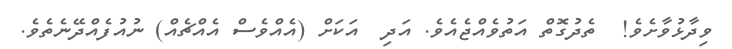
ވިދާޅުވާށެވެ!  ތެދުގޮތް އަތުވެއްޖެއެވެ. އަދި  އަަކަށް (އެއްވެސް އެއްޗެއް) ނުއުފެއްދޭނެތެވެ.